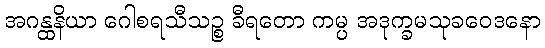
အဂန္ထနိယာ ဂေါစရသီသဉ္စ ခီရတော ကမ္ပ အဒုက္ခမသုခဝေဒနော